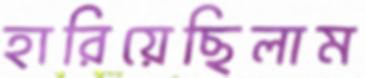
হারিয়েছিলাম